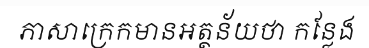
ភាសាក្រេកមានអត្ថន័យថា កន្លែង